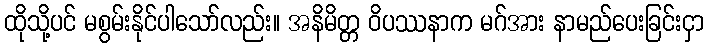
ထိုသို့ပင် မစွမ်းနိုင်ပါသော်လည်း။ အနိမိတ္တ ဝိပဿနာက မဂ်အား နာမည်ပေးခြင်းငှာ